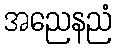
အညေနညံ